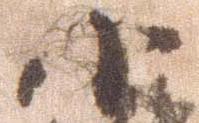
小